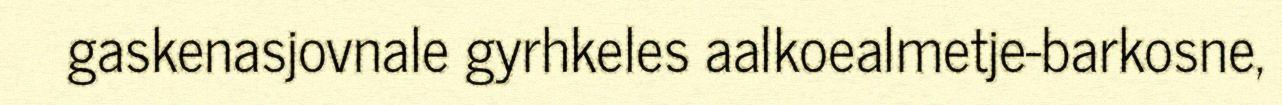
gaskenasjovnale gyrhkeles aalkoealmetje-barkosne,